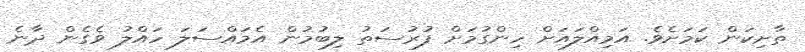
ތާށިކަން ކަމަށެވެ. އަމިއްލައަށް ހިންގުމަށް ފުރުސަތު ލިބުމުން އެމައްސަލަ ހައްލު ވެގެން ދާނެ